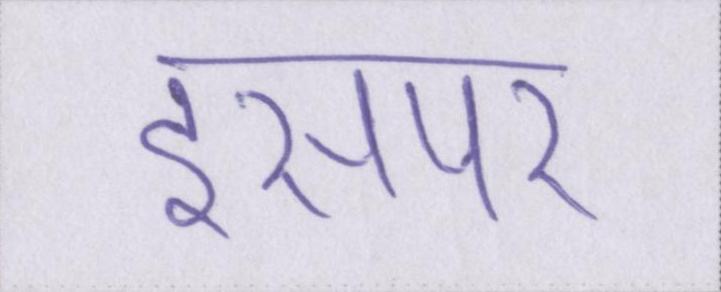
इसपर